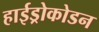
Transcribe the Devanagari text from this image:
हाईड्रोकोडन